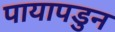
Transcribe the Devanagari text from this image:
पायापडुन